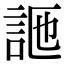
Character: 𧦩